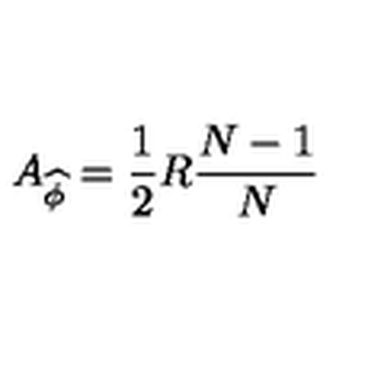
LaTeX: A _ { \widehat { \phi } } = \frac { 1 } { 2 } R \frac { N - 1 } { N }